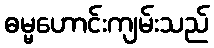
ဓမ္မဟောင်းကျမ်းသည်